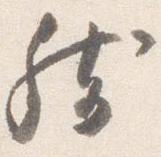
然